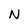
Character: N